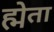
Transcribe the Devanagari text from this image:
ह्मेता